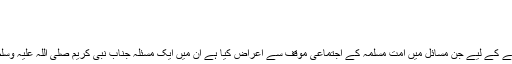
مختلف موضوعات پر مزید ویڈیوز
Thursday, 17 August 2017 15:34
مسئلہ نور بشر، مولانا محمد اکمل
اہل بدعت نے اہل اسلام کی وحدت کو پارہ پارہ کرنے کے لیے جن مسائل میں امت مسلمہ کے اجتماعی موقف سے اعراض کیا ہے ان میں ایک مسئلہ جناب نبی کریم صلی اللہ علیہ وسلم کی ذات گرامی کے نور یا بشر ہونے کا بھی ہے۔